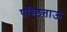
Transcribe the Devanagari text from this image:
पण्डिताऊ